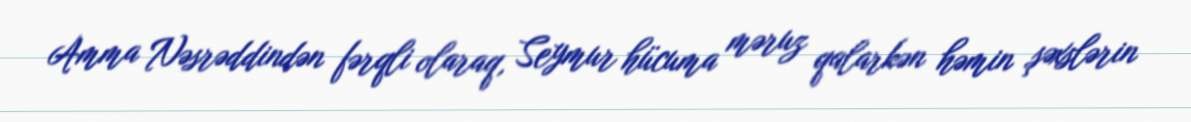
Amma Nəsrəddindən fərqli olaraq, Seymur hücuma məruz qalarkən həmin şəxslərin